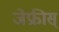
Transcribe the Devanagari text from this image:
जेफ्रीस्